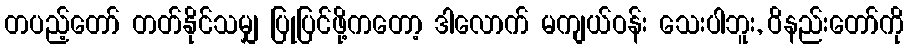
တပည့်တော် တတ်နိုင်သမျှ ပြုပြင်ဖို့ကတော့ ဒါလောက် မကျယ်ဝန်း သေးပါဘူး, ဝိနည်းတော်ကို